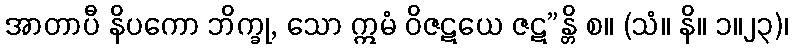
အာတာပီ နိပကော ဘိက္ခု, သော ဣမံ ဝိဇဋယေ ဇဋ”န္တိ စ။ (သံ။ နိ။ ၁။၂၃)၊